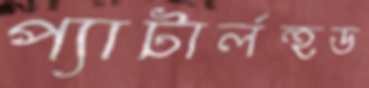
প্যাটার্লহুড